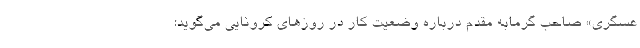
عسگری» صاحب گرمابه مقدم درباره وضعیت کار در روزهای کرونایی می‌گوید: